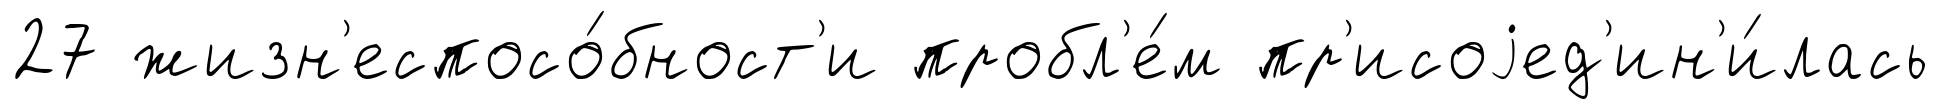
27 жизн'еспосо́бност'и пробл'е́м пр'исоjед'ин'и́лась